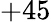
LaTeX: +45